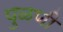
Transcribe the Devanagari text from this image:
पुळणी